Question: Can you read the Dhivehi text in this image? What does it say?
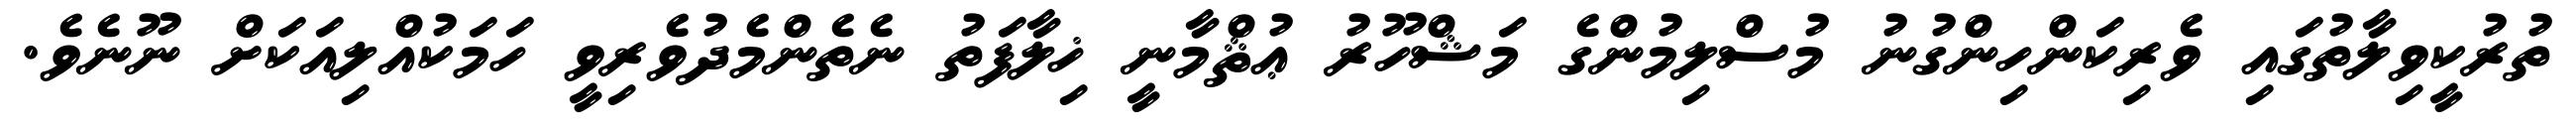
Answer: ތުރުކީވިލާތުގައި ވެރިކަންހިންގުނު މުސްލިމުންގެ މަޝްހޫރު ޢުޘްމާނީ ޚިލާފަތު ނެތެންމެދުވެރިވީ ހަމަކުއްލިއަކަށް ނޫނެވެ.